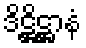
ဒိဋ္ဌိဋ္ဌာနံ